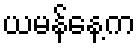
ယမန်နေ့က